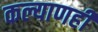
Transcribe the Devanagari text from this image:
कल्याणही